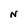
Character: N